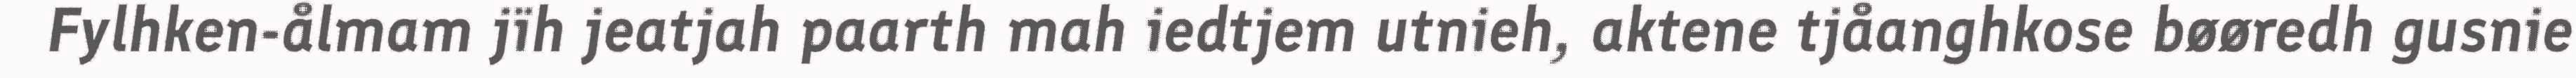
Fylhken-ålmam jïh jeatjah paarth mah iedtjem utnieh, aktene tjåanghkose bøøredh gusnie